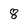
Character: 8